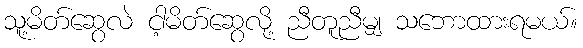
သူ့မိတ်ဆွေလဲ ငါ့မိတ်ဆွေလို့ ညီတူညီမျှ သဘောထားရမယ်။